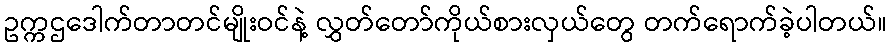
ဥက္ကဌဒေါက်တာတင်မျိုးဝင်နဲ့ လွှတ်တော်ကိုယ်စားလှယ်တွေ တက်ရောက်ခဲ့ပါတယ်။